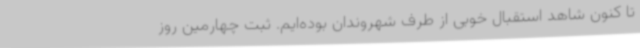
تا کنون شاهد استقبال خوبی از طرف شهروندان بوده‌ایم. ثبت چهارمین روز